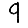
Digit: 9